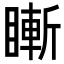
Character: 䁪